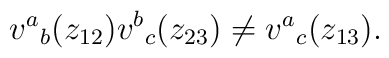
v^a{}_b(z_{12})v^b{}_c(z_{23})\neq v^a{}_c(z_{13}).